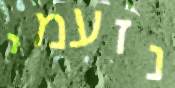
נזעמי